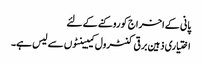
پانی کے اخراج کو روکنے کے لئے
اختیاری ذہین برقی کنٹرول کیبینٹوں سے لیس ہے۔